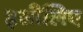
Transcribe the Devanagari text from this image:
इसीलिेए